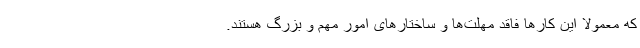
که معمولا این کارها فاقد مهلت‌ها و ساختارهای امور مهم و بزرگ هستند.